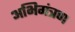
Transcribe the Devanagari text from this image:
अभिमंत्रण